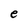
Character: e